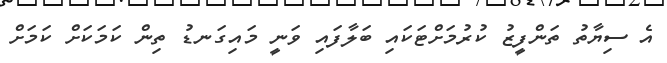
އެ ސިޔާތު ތަންފީޒު ކުރުމަށްޓަކައި ބަލާފައި ވަނީ މައިގަނޑު ތިން ކަމަކަށް ކަމަށް